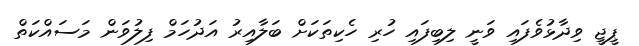
ޕީޖީ ވިދާޅުވެފައި ވަނީ ލިބިފައި ހުރި ހެކިތަކަށް ބަލާއިރު އަދުހަމް ފިލުވަން މަސައްކަތް